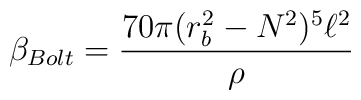
\beta _{Bolt}=\frac{70\pi (r_{b}^{2}-N^{2})^{5}\ell ^{2}}{\rho }